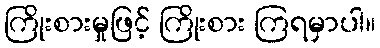
ကြိုးစားမှုဖြင့် ကြိုးစား ကြရမှာပါ။